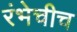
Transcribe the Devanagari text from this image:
रंभेचीच